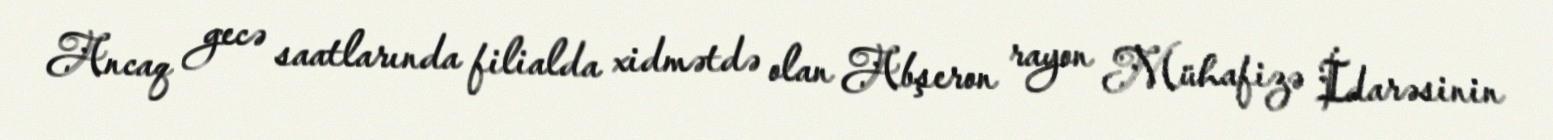
Ancaq gecə saatlarında filialda xidmətdə olan Abşeron rayon Mühafizə İdarəsinin